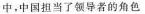
中，中国担当了领导者的角色